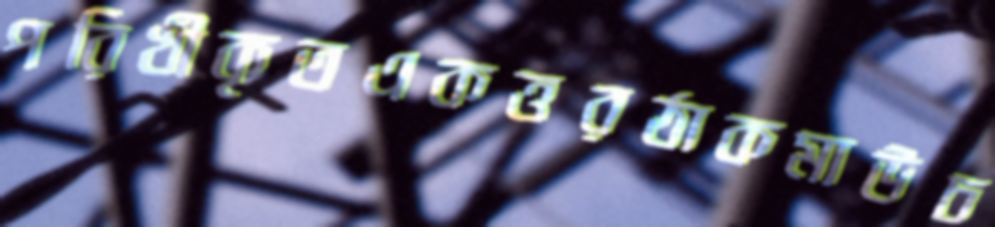
পরিখীকৃতএকত্তরঠাকমাউচ